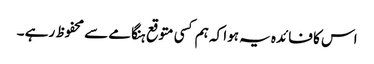
اس کا فائدہ یہ ہوا کہ ہم کسی متوقع ہنگامے سے محفوظ رہے ۔